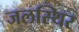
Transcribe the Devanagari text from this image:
जलस्थिर